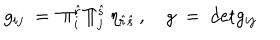
LaTeX: g _ { i j } \; = \; \Pi _ { i } ^ { \hat { r } } \Pi _ { j } ^ { \hat { s } } \, \eta _ { \hat { r } \hat { s } } \, , \quad g \; = \; \mathrm { d e t } g _ { i j }